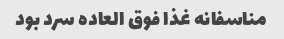
مناسفانه غذا فوق العاده سرد بود